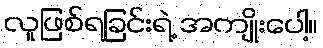
လူဖြစ်ရခြင်းရဲ့ အကျိုးပေါ့။